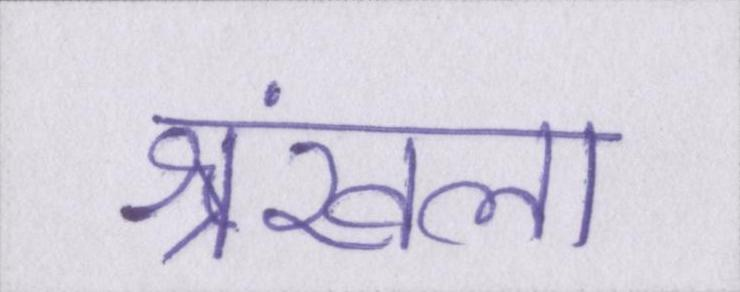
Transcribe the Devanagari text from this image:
श्रंखला